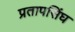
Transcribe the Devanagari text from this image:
प्रतापसिंघ